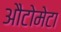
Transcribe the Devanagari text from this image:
औटोमेटा